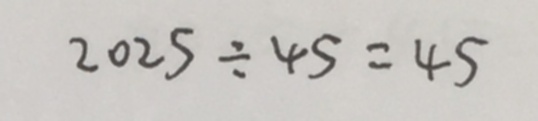
2 0 2 5 \div 4 5 = 4 5